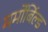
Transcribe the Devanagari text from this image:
मर्मोर्बिल्ड